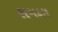
સગદરા